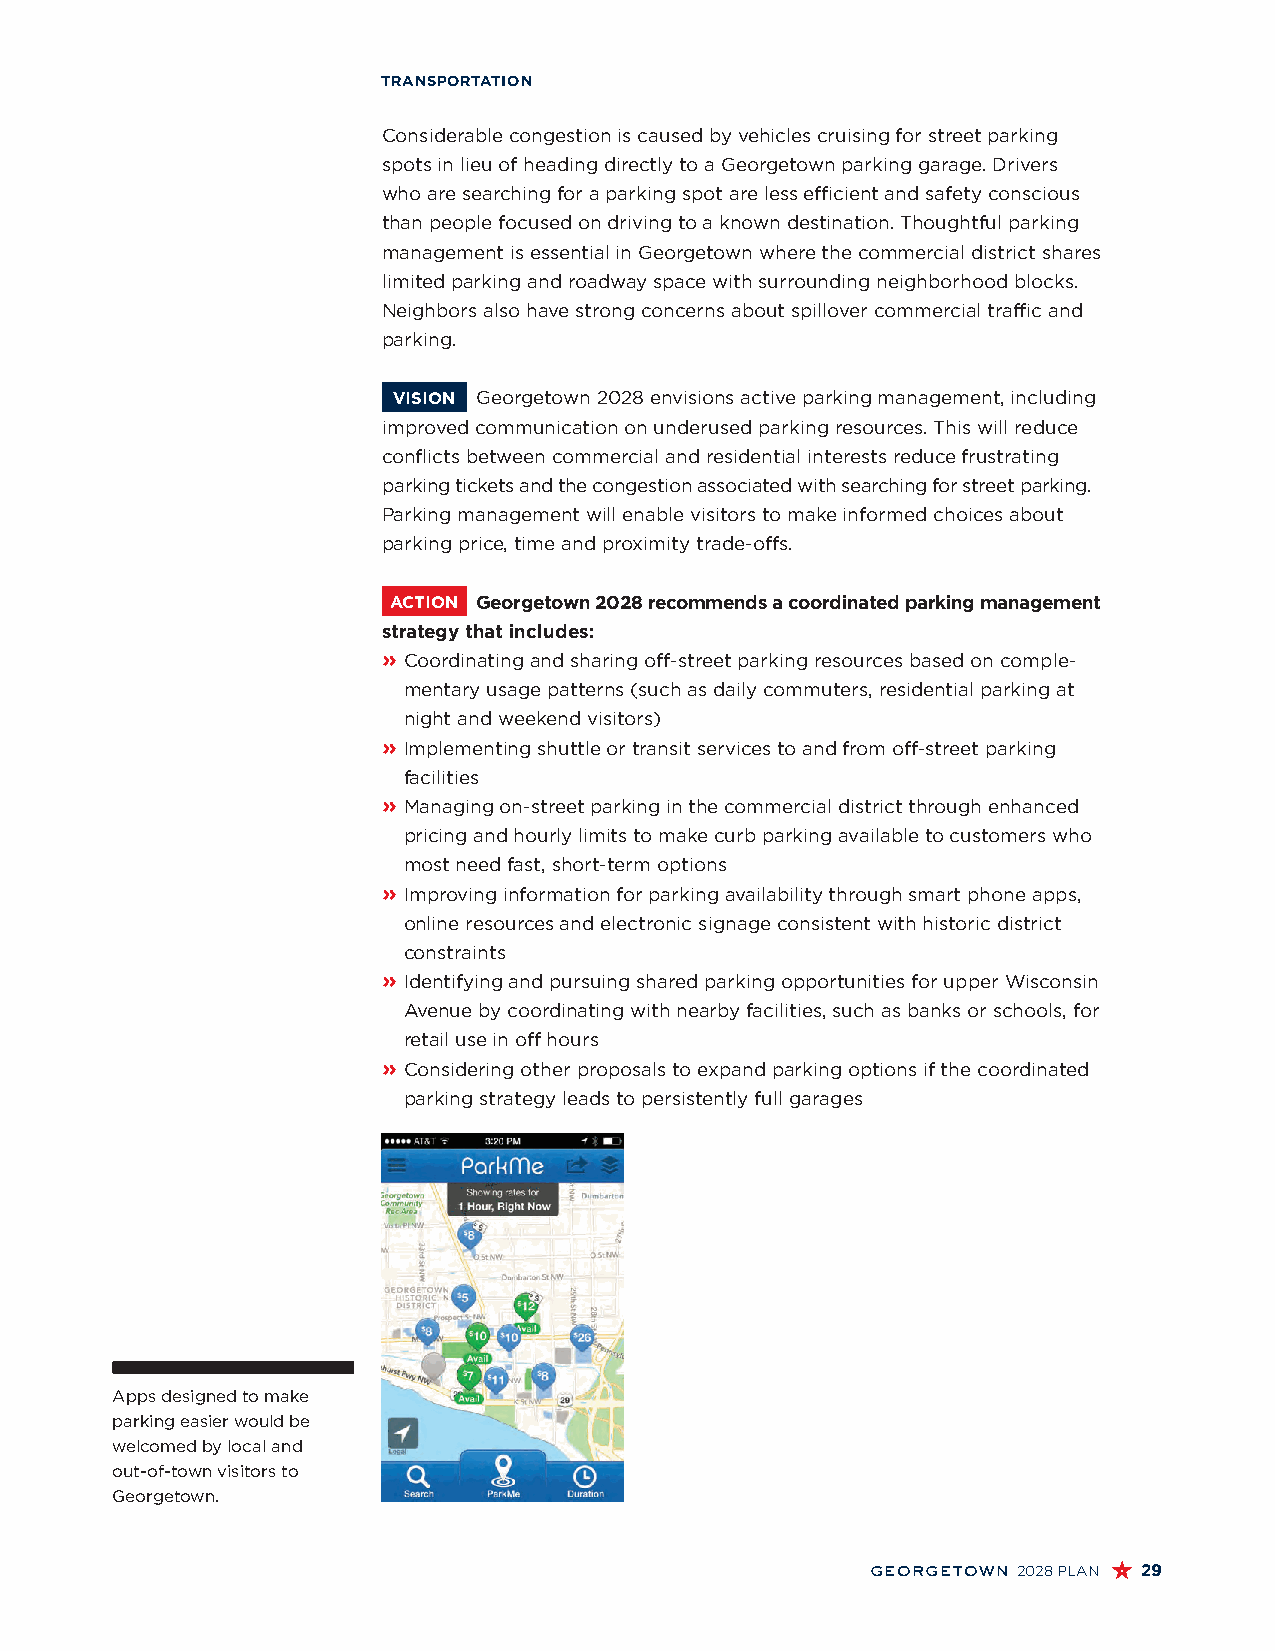
TRANSPORTATION
 Considerable congestion is caused by vehicles cruising for street parking
 spots in lieu of heading directly to a Georgetown parking garage. Drivers
 who are searching for a parking spot are less efficient and safety conscious
 than people focused on driving to a known destination. Thoughtful parking
 management is essential in Georgetown where the commercial district shares
 limited parking and roadway space with surrounding neighborhood blocks.
 Neighbors also have strong concerns about spillover commercial traffic and
 parking.
 VISION Georgetown 2028 envisions active parking management, including
 improved communication on underused parking resources. This will reduce
 conflicts between commercial and residential interests reduce frustrating
 parking tickets and the congestion associated with searching for street parking.
 Parking management will enable visitors to make informed choices about
 parking price, time and proximity trade-offs.
 ACTION Georgetown 2028 recommends a coordinated parking management
 strategy that includes:
 » C oordinating and sharing off-street parking resources based on comple-
 mentary usage patterns (such as daily commuters, residential parking at
 night and weekend visitors)
 » I mplementing shuttle or transit services to and from off-street parking
 facilities
 » M anaging on-street parking in the commercial district through enhanced
 pricing and hourly limits to make curb parking available to customers who
 most need fast, short-term options
 » I mproving information for parking availability through smart phone apps,
 online resources and electronic signage consistent with historic district
 constraints
 » I dentifying and pursuing shared parking opportunities for upper Wisconsin
 Avenue by coordinating with nearby facilities, such as banks or schools, for
 retail use in off hours
 » C onsidering other proposals to expand parking options if the coordinated
 parking strategy leads to persistently full garages
 Apps designed to make
 parking easier would be
 welcomed by local and
 out-of-town visitors to
 Georgetown.
 georgetown 2028 PLAN 29